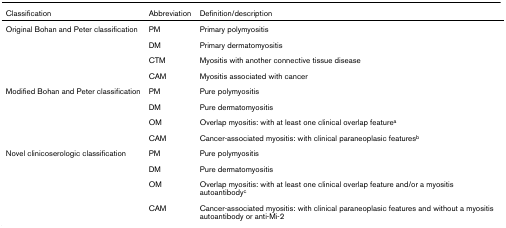
| Classification | Abbreviation | Definition/description |
 | --- | --- | --- |
 | Original Bohan and Peter classification | PM | Primary polymyositis |
 |  | DM | Primary dermatomyositis |
 |  | CTM | Myositis with another connective tissue disease |
 |  | CAM | Myositis associated with cancer |
 | Modified Bohan and Peter classification | PM | Pure polymyositis |
 |  | DM | Pure dermatomyositis |
 |  | OM | Overlap myositis: with at least one clinical overlap featurea |
 |  | CAM | Cancer-associated myositis: with clinical paraneoplasic featuresb |
 | Novel clinicoserologic classification | PM | Pure polymyositis |
 |  | DM | Pure dermatomyositis |
 |  | OM | Overlap myositis: with at least one clinical overlap feature and/or a myositis autoantibodyc |
 |  | CAM | Cancer-associated myositis: with clinical paraneoplasic features and without a myositis autoantibody or anti-Mi-2 |